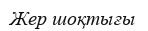
Жер шоқтығы